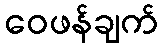
ဝေဖန်ချက်